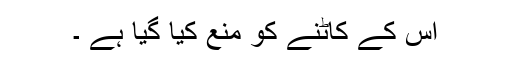
اس کے کاٹنے کو منع کیا گیا ہے ۔